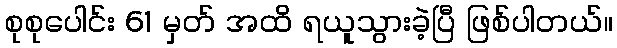
စုစုပေါင်း 61 မှတ် အထိ ရယူသွားခဲ့ပြီ ဖြစ်ပါတယ်။